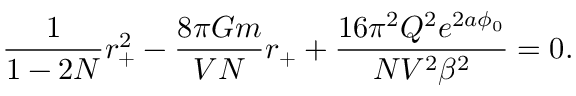
\frac { 1 } { 1 - 2 N } r _ { + } ^ { 2 } - \frac { 8 \pi G m } { V N } r _ { + } + \frac { 1 6 \pi ^ { 2 } Q ^ { 2 } e ^ { 2 a \phi _ { 0 } } } { N V ^ { 2 } \beta ^ { 2 } } = 0 .